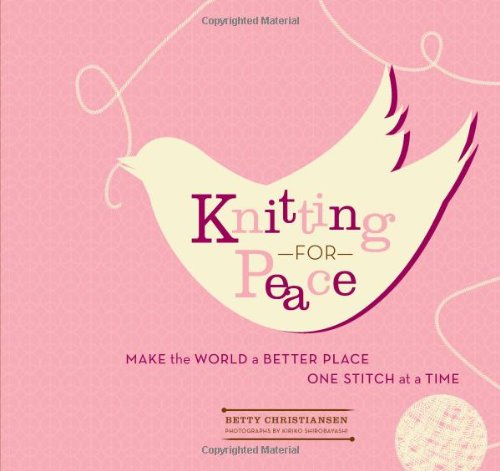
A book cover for Knitting for Peace: Make the World a Better Place One Stitch at a Time; Betty Christiansen; Politics & Social Sciences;